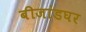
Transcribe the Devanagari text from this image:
बीजांडघर